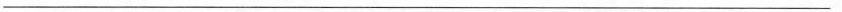
——————